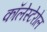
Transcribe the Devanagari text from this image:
कॉलेस्टेरोल